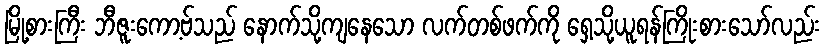
မြို့စားကြီး ဘီဇူးကော့ဗ်သည် နောက်သို့ကျနေသော လက်တစ်ဖက်ကို ရှေ့သို့ယူရန်ကြိုးစားသော်လည်း